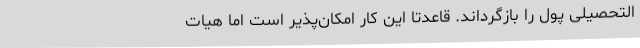
التحصیلی پول را بازگرداند. قاعدتا این کار امکان‌پذیر است اما هیات